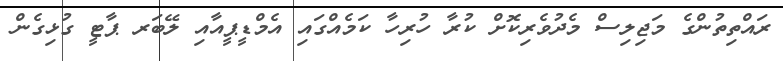
ރައްތިތުންގެ މަޖިލިސް މެދުވެރިކޮށް ކުރާ ހުރިހާ ކަމެއްގައި އެމްޑީޕީއާއި ލޭބަރ ޕާޓީ ގުޅިގެން